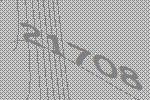
21708